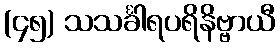
(၄၅) သသင်္ခါရပရိနိဗ္ဗာယီ